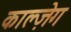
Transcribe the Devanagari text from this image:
काल्ज़ेग